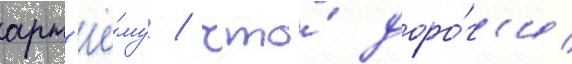
арт'ё́му / что́ доро́г'и